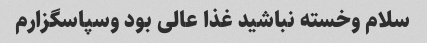
سلام وخسته نباشید غذا عالی بود وسپاسگزارم